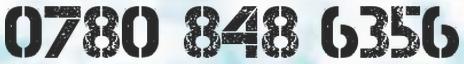
0780 848 6356